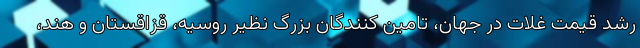
رشد قیمت غلات در جهان، تامین کنندگان بزرگ نظیر روسیه، قزاقستان و هند،